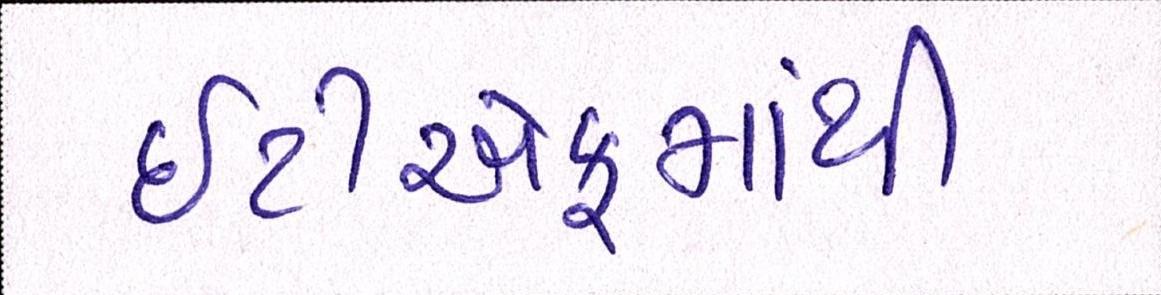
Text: ઇટીએફમાંથી